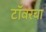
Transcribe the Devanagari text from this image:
टॉवरचा